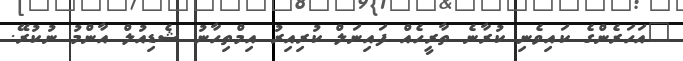
"އަހަރެންގެ ކައިވެނި ކުރާނެ ތާރީހެއް ފައިނަލް ކުރިއިރު އިމްތިހާނު ޝެޑިއުލް އާންމު ނުކުރޭ.